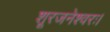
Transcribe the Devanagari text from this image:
शूरजनेश्वरः।